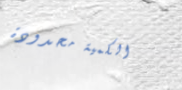
الكمية محدودة